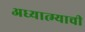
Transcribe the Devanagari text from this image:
अध्यात्म्याची